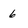
Character: 6